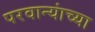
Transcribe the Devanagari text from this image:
परवान्यांच्या